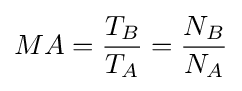
MA={\frac {T_{B}}{T_{A}}}={\frac {N_{B}}{N_{A}}}